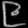
Digit: ၉